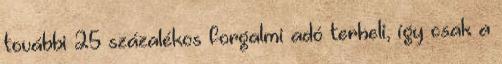
további 25 százalékos forgalmi adó terheli, így csak a